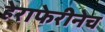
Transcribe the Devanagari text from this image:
हेराफेरीनेच